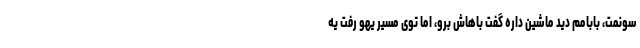
سونمت، بابامم دید ماشین داره گفت باهاش برو، اما توی مسیر یهو رفت یه